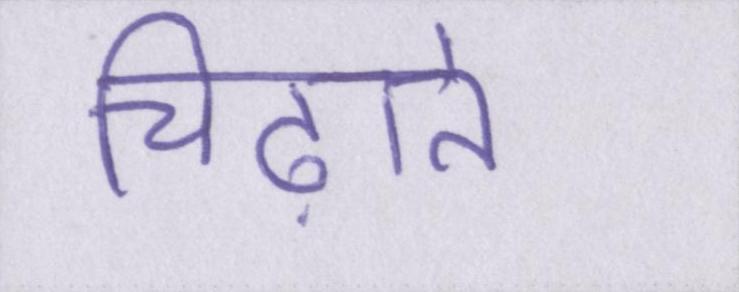
चिढ़ाते